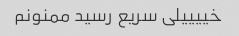
خییییلی سریع رسید ممنونم